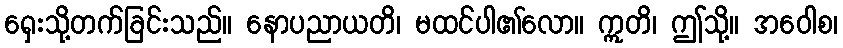
ရှေးသို့တက်ခြင်းသည်။ နောပညာယတိ၊ မထင်ပါ၏လော။ ဣတိ၊ ဤသို့။ အဝေါစ၊